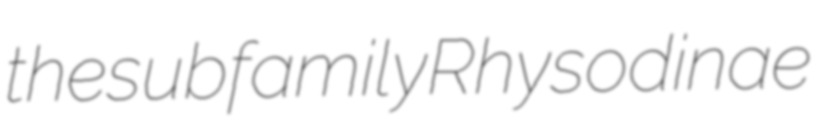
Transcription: the subfamily Rhysodinae